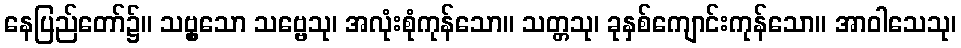
နေပြည်တော်၌။ သဗ္ဗှသော သဗ္ဗေသု၊ အလုံးစုံကုန်သော။ သတ္တသု၊ ခုနှစ်ကျောင်းကုန်သော။ အာဝါသေသု၊